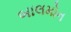
બાલમોન